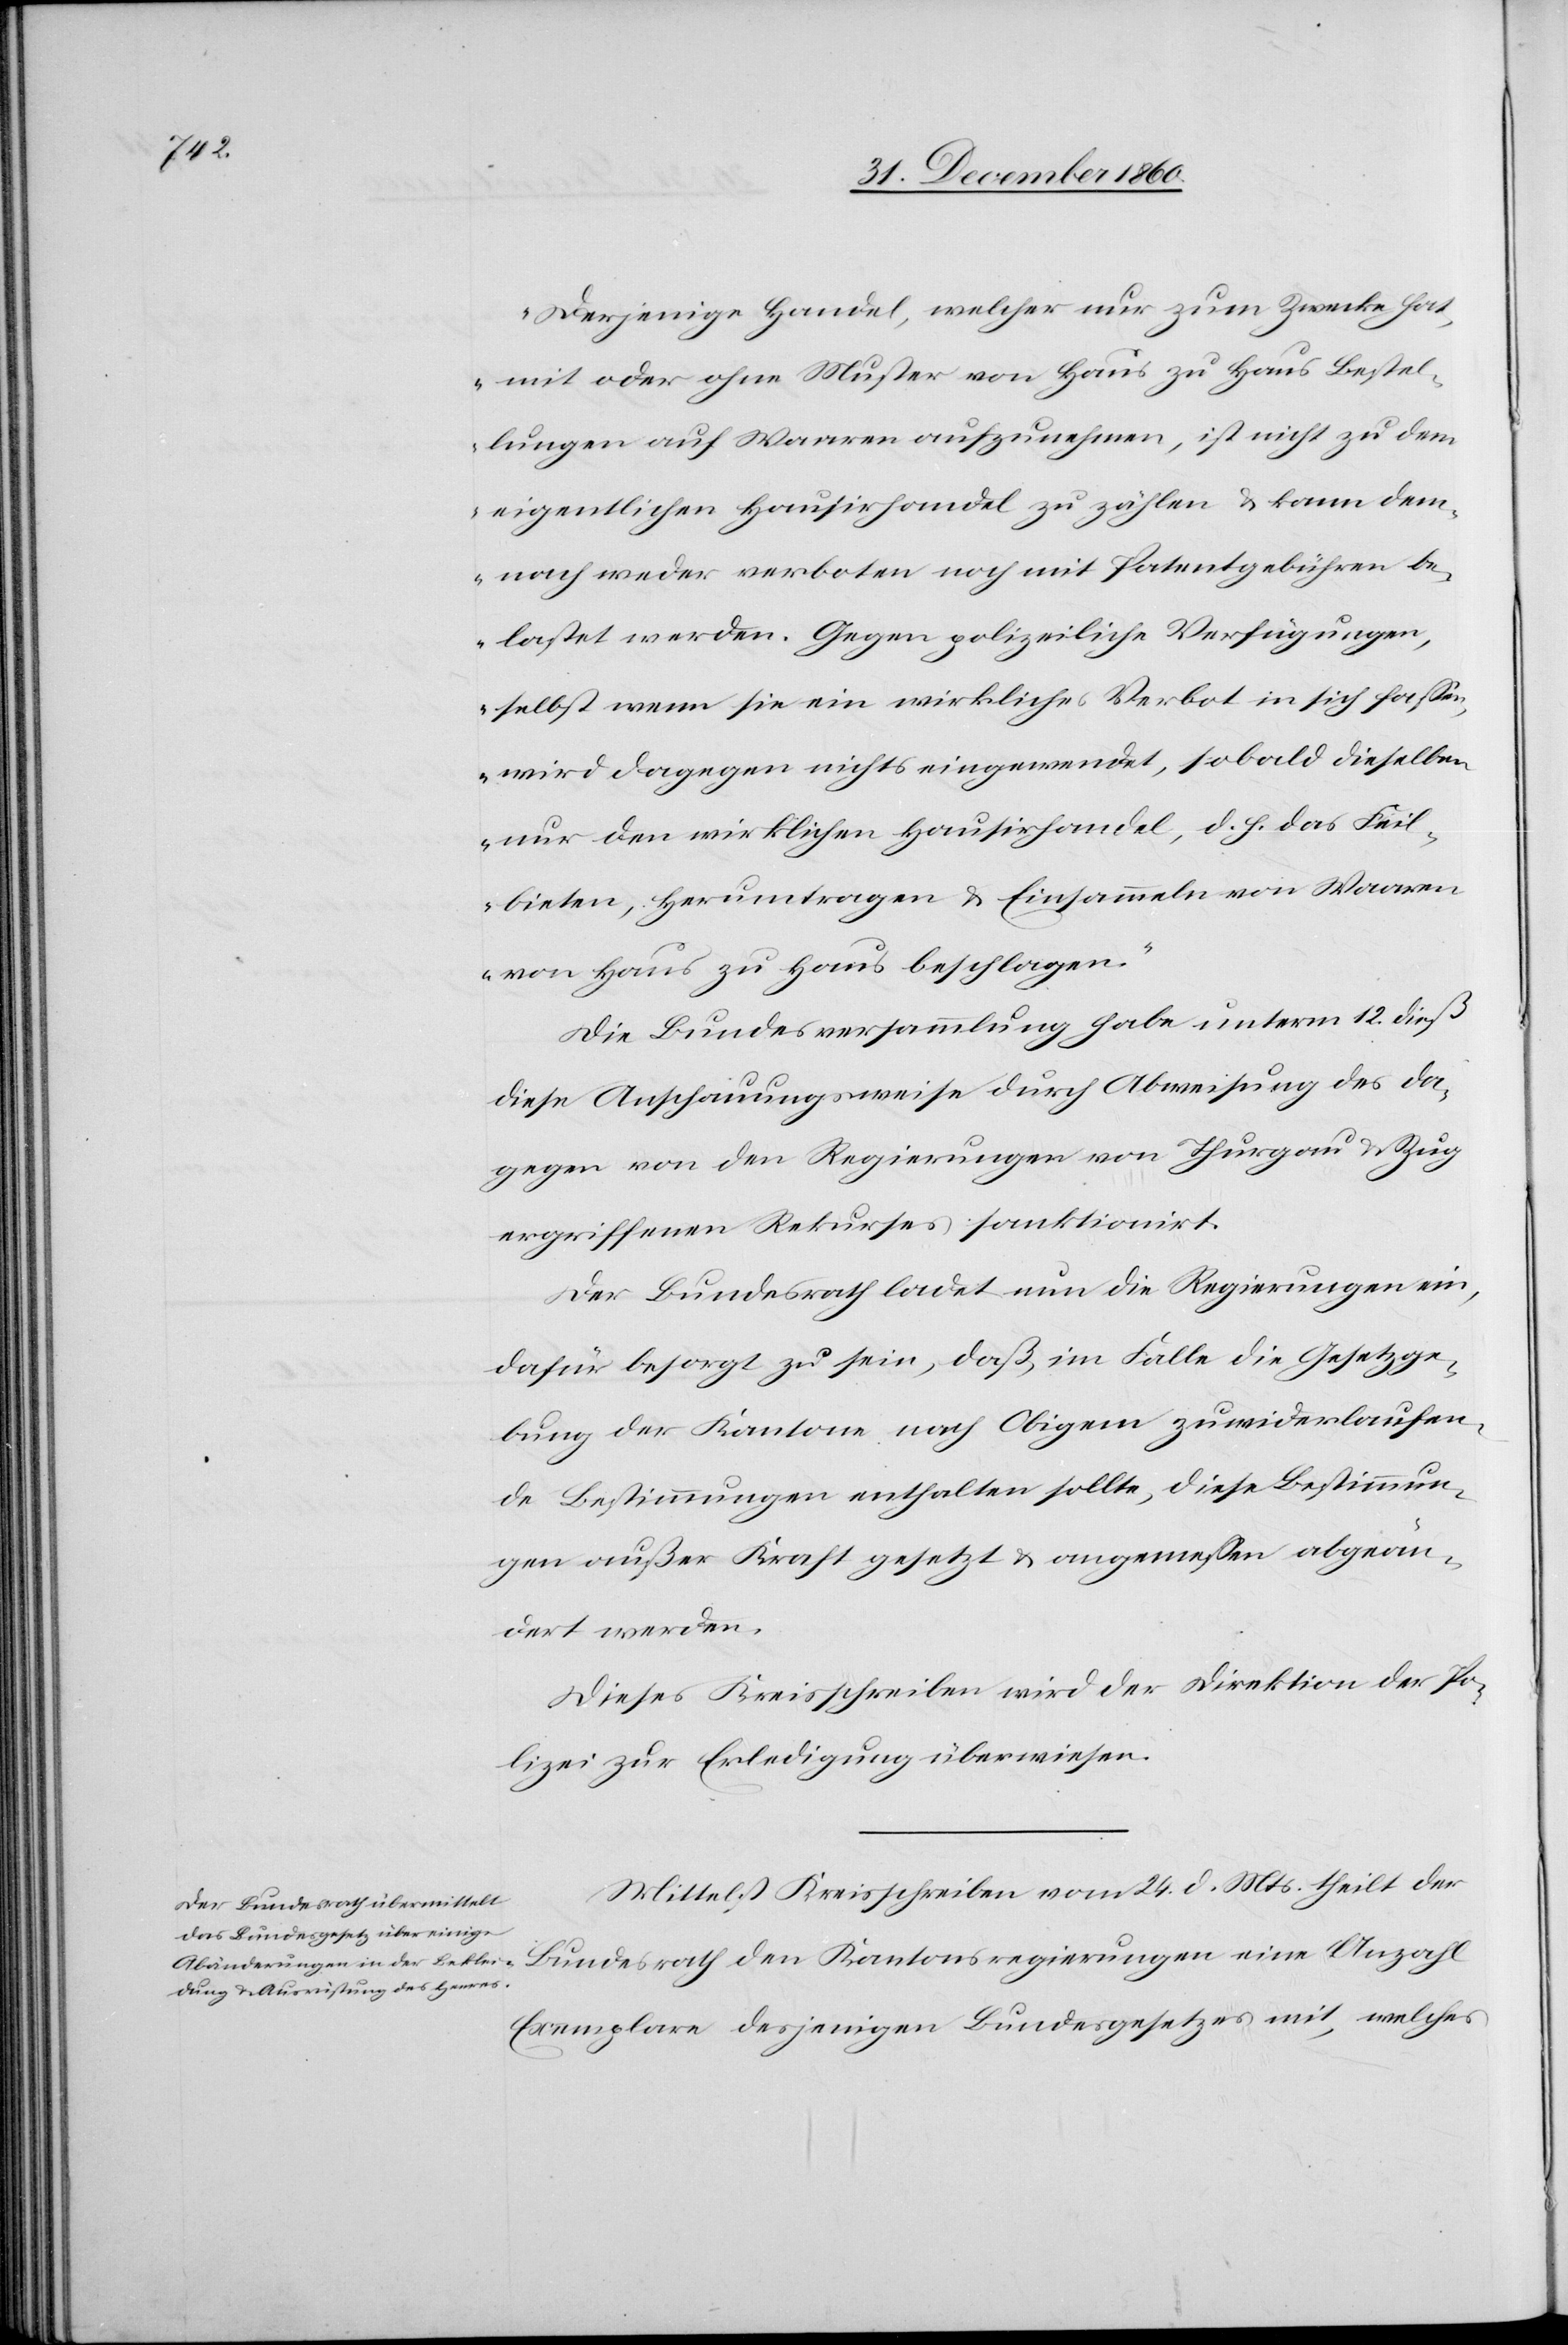
„Derjenige Handel, welcher nur zum Zwecke hat,
mit oder ohne Muster von Haus zu Haus Bestel¬
lungen auf Waaren aufzunehmen, ist nicht zu dem
eigentlichen Hausirhandel zu zählen u. kann dem¬
nach weder verboten noch mit Patentgebühren be¬
lastet werden. Gegen polizeiliche Verfügungen,
selbst wenn sie ein wirkliches Verbot in sich fassen,
wird dagegen nichts eingewendet, sobald sich dieselben
nur den wirklichen Hausirhandel, d. h. das Feil¬
bieten, Herumtragen u. Einsammeln von Waaren
von Haus zu Haus beschlagen.“
Die Bundesversammlung habe unterm 12. dieß
gegen von den Regierungen von Thurgau u. Zug
ergriffenen Rekurse sanktionirt.
Der Bundesrath ladet nun die Regierungen ein,
dafür besorgt zu sein, daß, im Falle die Gesetzge¬
bung der Kantone nach Obigem zuwiderlaufen¬
den Bestimmungen enthalten sollte, diese Bestimmun¬
gen außer Kraft gesetzt u. angemessen abgeän¬
dert werden.
Dieses Kreisschreiben wird der Direktion der Po¬
lizei zur Erledigung überwiesen.
Mittelst Kreisschreiben vom 24. d. Mts. theilt der
Exemplare desjenigen Bundesgesetzes mit, welches